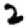
Digit: 2